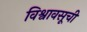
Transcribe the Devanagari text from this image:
विश्वावसूची